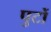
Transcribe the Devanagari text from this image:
पुटों